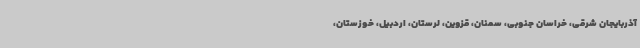
آذربایجان شرقی، خراسان جنوبی، سمنان، قزوین، لرستان، اردبیل، خوزستان،